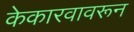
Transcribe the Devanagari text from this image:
केकारवावरून